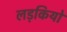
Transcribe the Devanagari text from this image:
लड़कियो